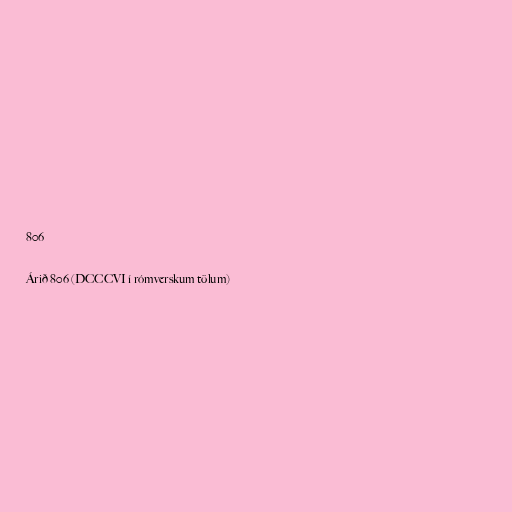
806

Árið 806 (DCCCVI í rómverskum tölum)